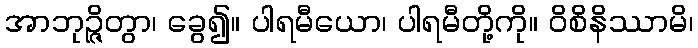
အာဘုဉ္ဇိတွာ၊ ခွေ၍။ ပါရမီယော၊ ပါရမီတို့ကို။ ဝိစိနိဿာမိ၊